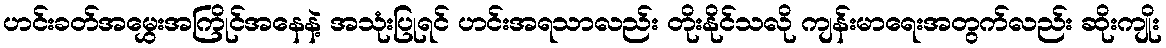
ဟင်းခတ်အမွှေးအကြိုင်အနေနဲ့ အသုံးပြုရင် ဟင်းအရသာလည်း တိုးနိုင်သလို ကျန်းမာရေးအတွက်လည်း ဆိုးကျိုး